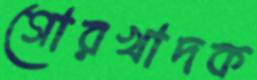
গোরখাদক